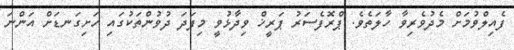
ފެއިލްވުމަށް މެދުވެރިވާ ހާލަތެވެ. ޕްރޮފެސަރު ޕަރީޚް ވިދާޅުވީ މިފަދަ ދުވުންތަކުގައި ހަށިގަނޑަށް އަންނަ